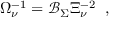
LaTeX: \Omega _ { \nu } ^ { - 1 } = \mathcal { B } _ { \Sigma } \Xi _ { \nu } ^ { - 2 } \; \; , \; \;